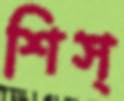
শিস্